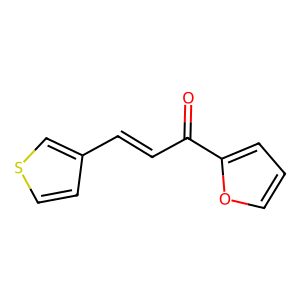
SMILES: O=C(C=Cc1ccsc1)c1ccco1
Inhibits HIV replication: No